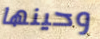
وحينها